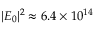
| E _ { 0 } | ^ { 2 } \approx 6 . 4 \times 1 0 ^ { 1 4 }